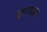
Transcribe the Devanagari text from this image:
क्लाफाम